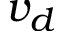
v _ { d }